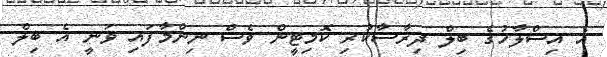
އެ އިސްލާހުގެ ބިލް ދިރާސާކުރި ކޮމިޓީން ވެސް ނިންމާފައި ވަނީ އެ ބިލް